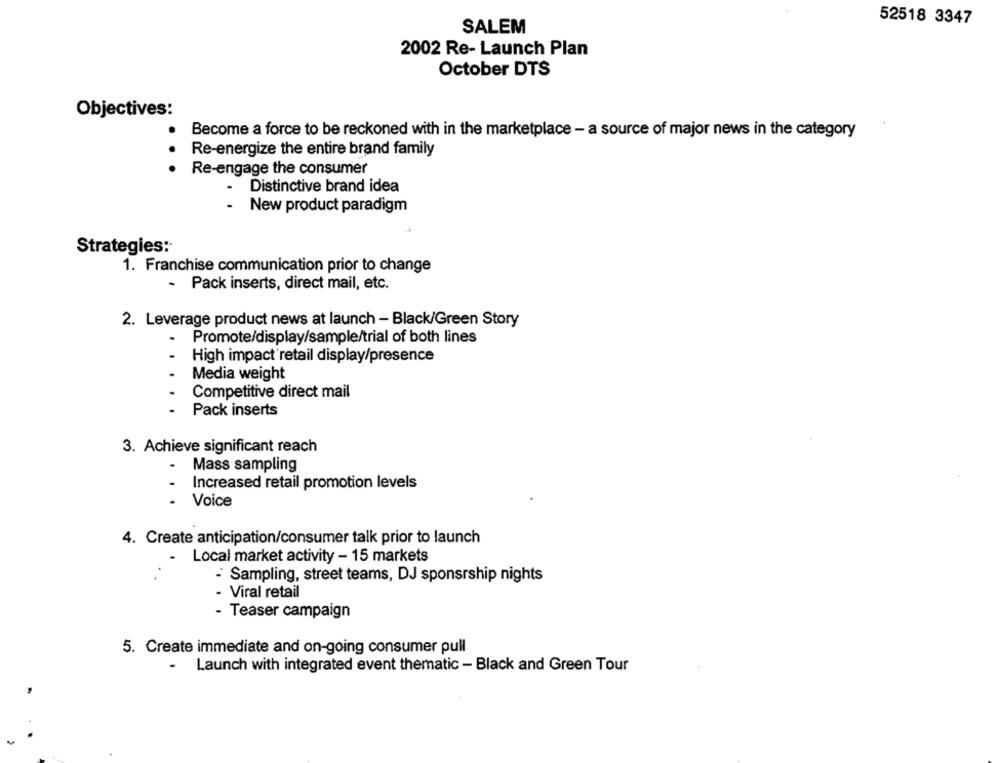
52518 3347
SALEM
2002 Re- Launch Plan
October DTS
Objectives:
Become a force to be reckoned with in the marketplace - a source of major news in the category
Re-energize the entire brand family
Re-engage the consumer
Distinctive brand idea
New product paradigm
Strategies:
1. Franchise communication prior to change
- Pack inserts, direct mail, etc.
2. Leverage product news at launch - Black/Green Story
.
Promote/display/sample/trial of both lines
High impact retail display/presence
Media weight
Competitive direct mail
Pack inserts
3. Achieve significant reach
.
Mass sampling
Increased retail promotion levels
- Voice
4. Create anticipation/consumer talk prior to launch
Local market activity - 15 markets
- Sampling, street teams, DJ sponsrship nights
- Viral retail
- Teaser campaign
5. Create immediate and on-going consumer pull
- Launch with integrated event thematic - Black and Green Tour